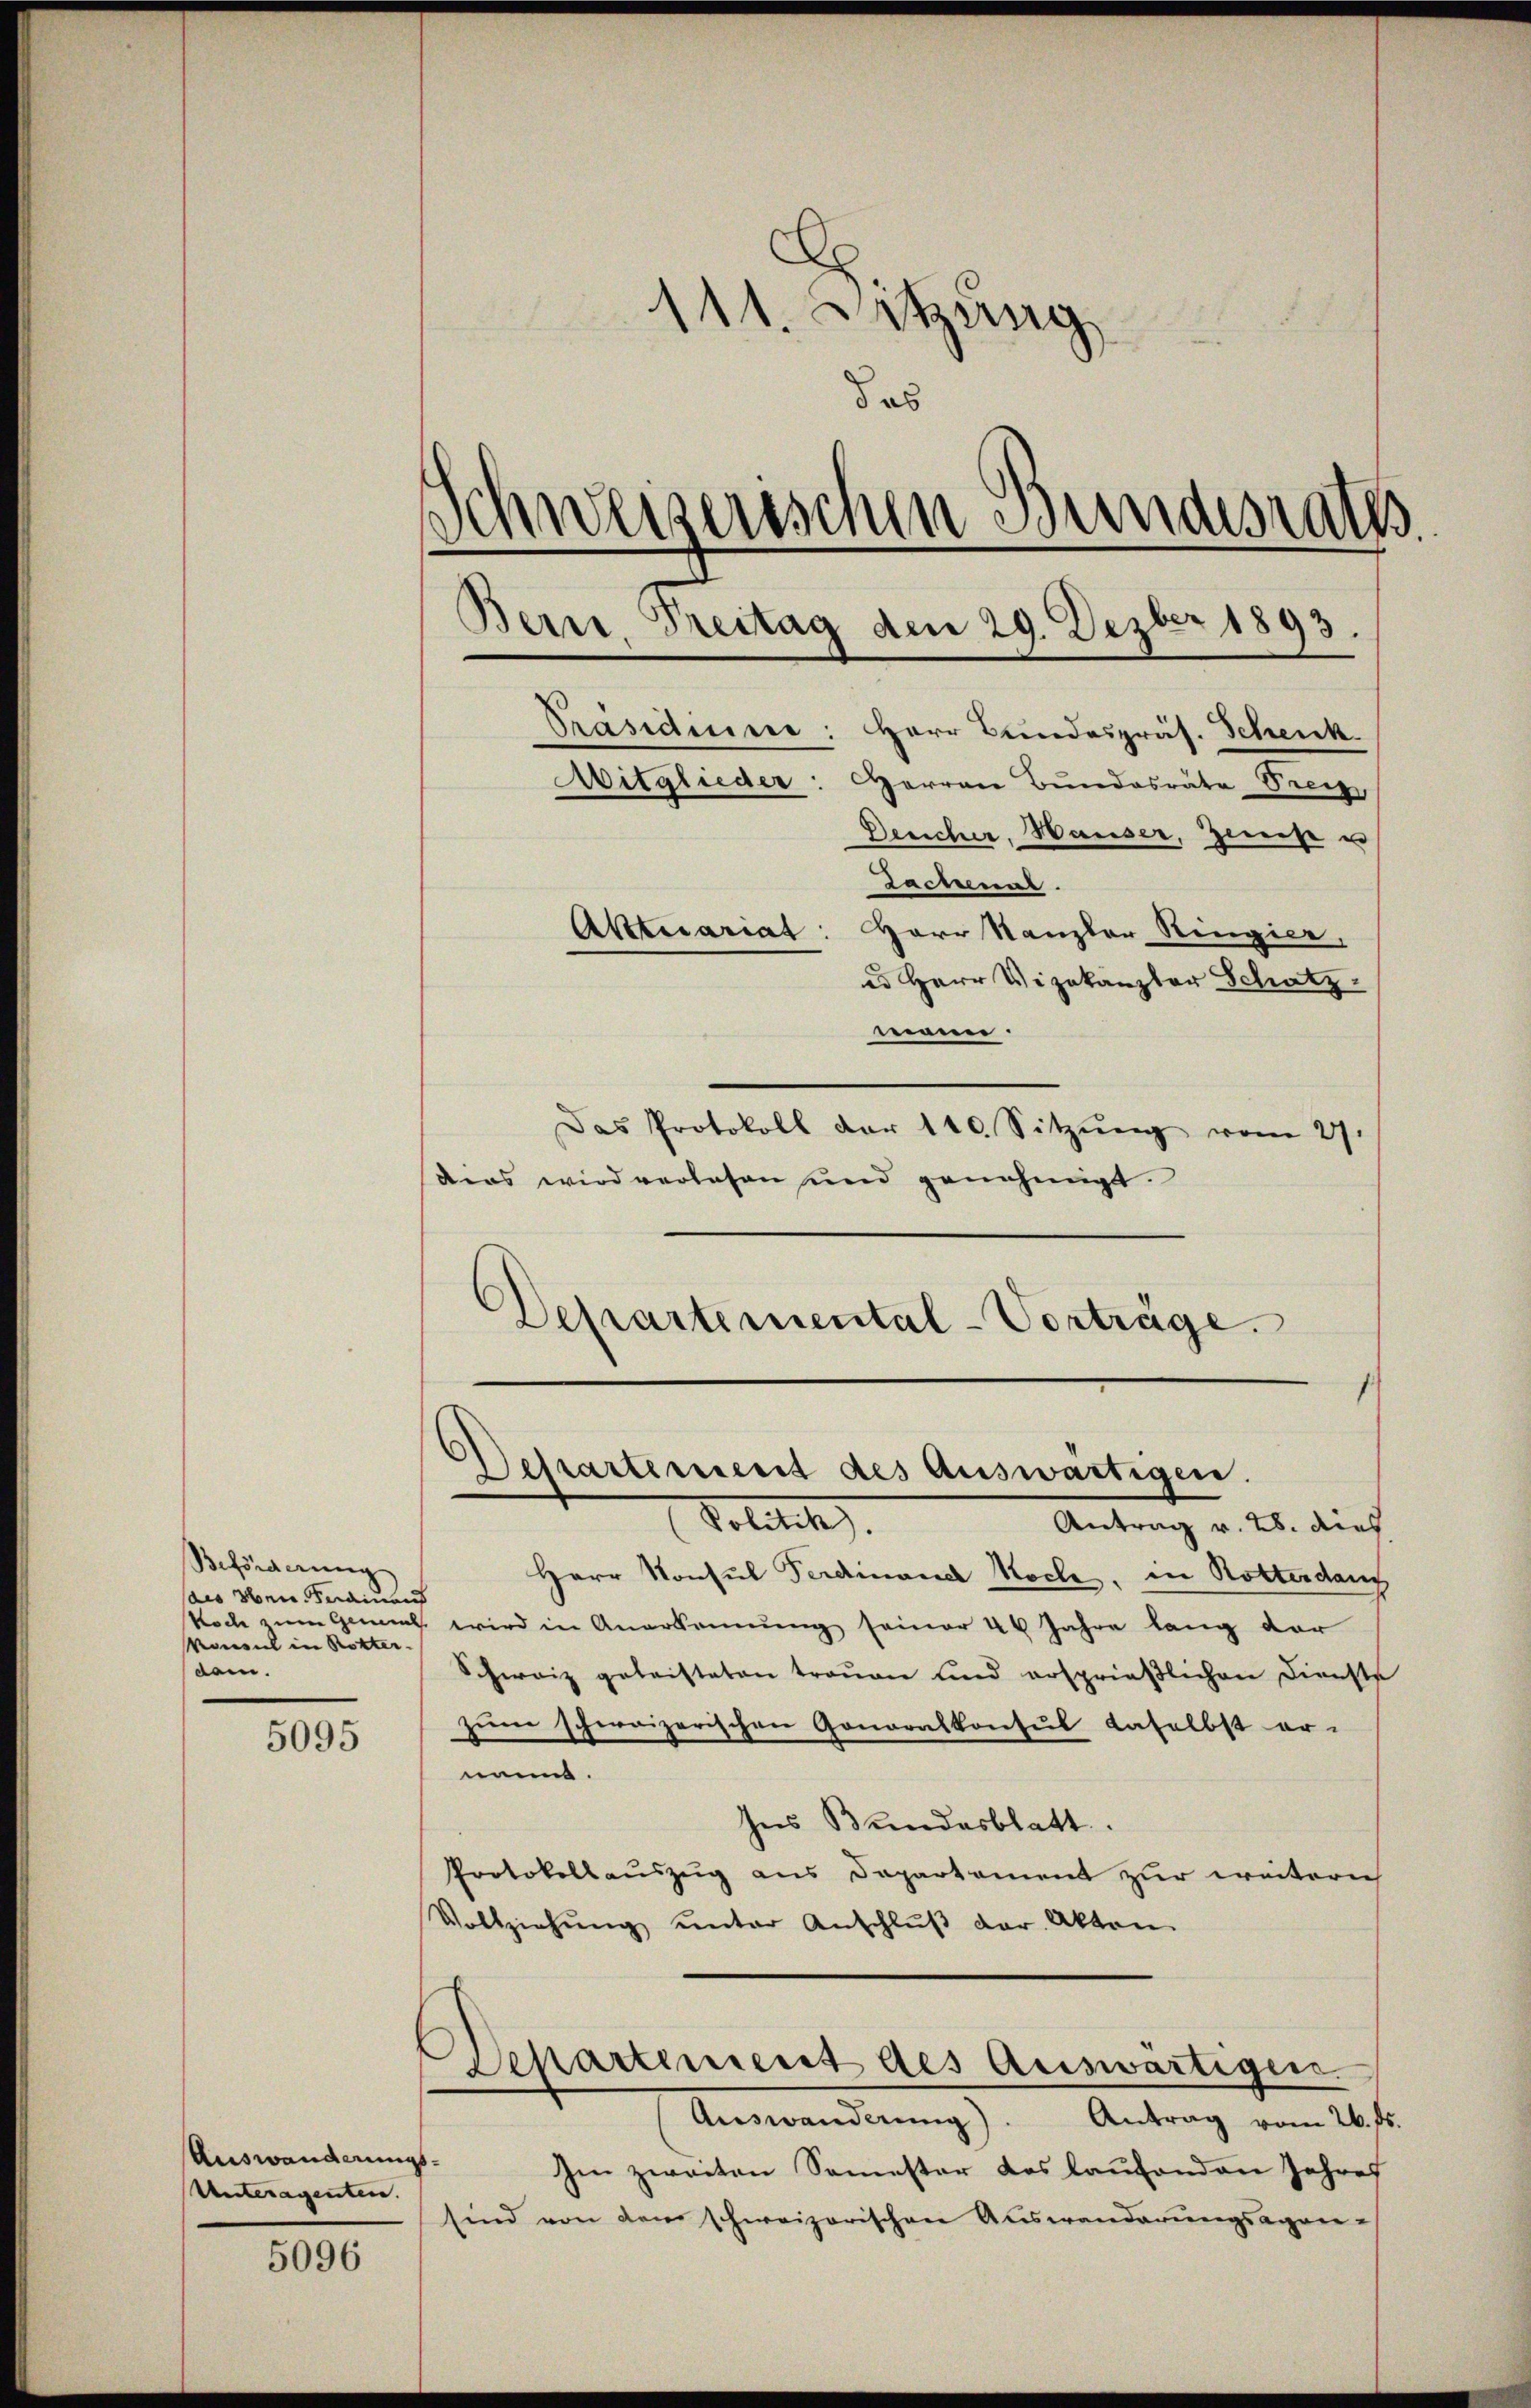
Beförderung
ais oben. Ferdinand
Monsul in Rotter.
dam.

5095

Auswanderungs¬
Unteragenten.

5096

c
111. Sitzung
.
das
Schweizerischen Bundesrath
Bern. Treitag den 29. Dezber 1893.
Präsidnisse: Herr Bundespräs. Schenk
Mitglieder: Herren Bundesräte Steig
Deucher, Hauser, Ziest u
Sachenar
Aktuariat: Herr Kanzler Ringier,
u Herr Vizekanzler Schatz
mann.
Das Protokoll der 110. Sitzŭng vom 27.

1
Departement des Auswärtigen.
Politik
Antrag v. 28. dies

dis wird verlesen und genehmigt.
Departemental-Vorträge.

Herr Konsul Ferdinand Koche, in Rotterdan
Noch zum Gemüt wird in Anerkennung seiner 40 Jahre lang der
Schweiz geleisteten trauen und ersprieβlichen Dienste
zŭm schweizerischen Gonoralkonsul daselbst er-
nenne.
Ins Bundesblatt.
Protokollauszug aus Departament zur weitern
Vollziehŭng ŭnter Anschlŭβ der Akten.

Ien zweiten Semester das laufenden Jahres
sind von dem schweizerischen Auswanderungsagen¬

Departement des Auswärtigen.
Auswanderŭng). Antrag vom 26. ds.